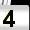
Digit: 4